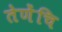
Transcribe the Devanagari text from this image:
तेणेंचि